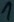
Text: 1